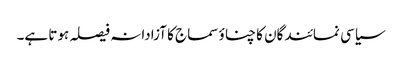
سیاسی نمائندگان کا چناؤ سماج کا آزادانہ فیصلہ ہوتا ہے۔